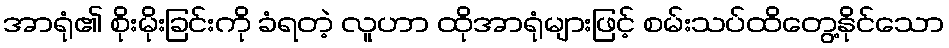
အာရုံ၏ စိုးမိုးခြင်းကို ခံရတဲ့ လူဟာ ထိုအာရုံများဖြင့် စမ်းသပ်ထိတွေ့နိုင်သော